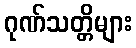
ဂုဏ်သတ္တိများ